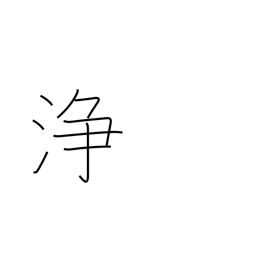
Meaning: clean